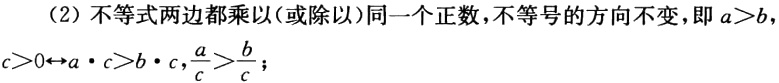
（2）不等式两边都乘以(或除以)同一个正数，不等号的方向不变，即\(a > b\)，\(c>0\leftrightarrow a\cdot c > b\cdot c\)，\(\frac{a}{c}>\frac{b}{c}\)；